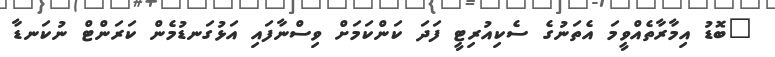
"ބޮޑު އިމާރާތެއްވީމަ އެތަނުގެ ސެކިއުރިޓީ ފަދަ ކަންކަމަށް ވިސްނާފައި އަޅުގަނޑުމެން ކަރަންޓް ނުކަނޑާ